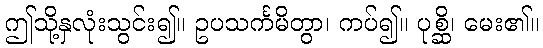
ဤသို့နှလုံးသွင်း၍။ ဥပသင်္ကမိတွာ၊ ကပ်၍။ ပုစ္ဆိ၊ မေး၏။